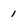
Character: 1